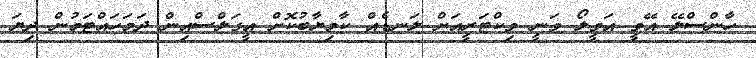
ހާންސްލޭ އޭވީ އަވީލޯ ވަނީ ވިކްޓަރީއަށް ލަނޑެއް ކާމިޔާބުކޮށް އީގަލްސްއިން ދަމަހައްޓަމުން ދިޔަ